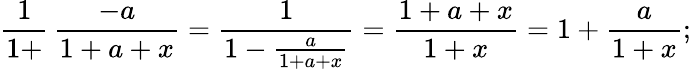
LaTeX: {\frac{1}{1+}}\, {\frac{-a}{1+a+x}}={\frac{1}{1-{\frac{a}{1+a+x}}}}={\frac{1+a+x}{1+x}}=1+{\frac{a}{1+x}};